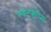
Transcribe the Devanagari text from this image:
स्वेटशॉप्स